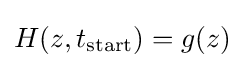
H(z,t_{\text{start}})=g(z)